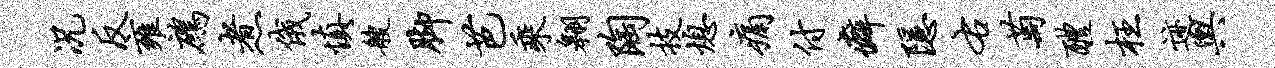
况反雍鹧煮俄慎艘脚芭乘翱陶技熄痛付癖隐右萄醴枉迹舆